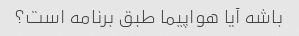
باشه آیا هواپیما طبق برنامه است؟